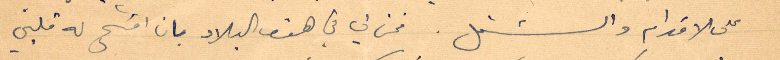
على الاقدام والشغل. فمن لي في هذه البلاد بان افتح له قلبي